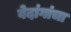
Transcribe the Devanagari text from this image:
वेदांगांचा